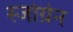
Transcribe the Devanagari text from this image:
स्जोग्रेन